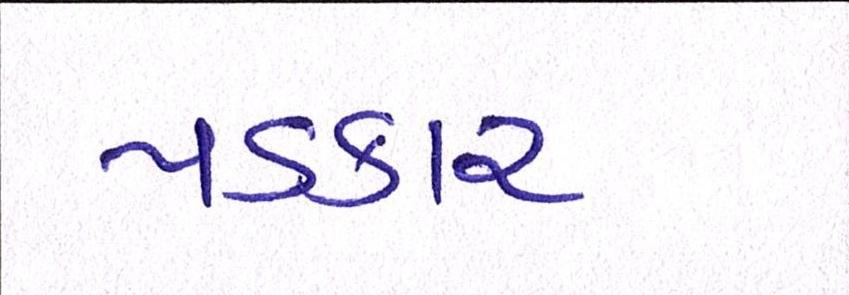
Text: પડકાર